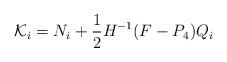
LaTeX: \begin{align*}{\cal K}_{i}={N}_{i}+ \frac{1}{2}H^{-1}(F-P_4) Q_i\end{align*}